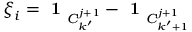
\boldsymbol { \xi } _ { i } = \textbf { 1 } _ { C _ { k ^ { \prime } } ^ { j + 1 } } - \textbf { 1 } _ { C _ { { k ^ { \prime } } + 1 } ^ { j + 1 } }